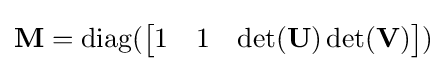
\mathbf {M} =\operatorname {diag} ({\begin{bmatrix}1&1&\det(\mathbf {U} )\det(\mathbf {V} )\end{bmatrix}})